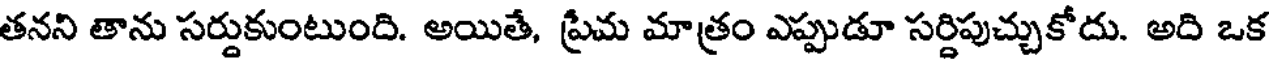
తనని తాను సర్దుకుంటుంది. అయితే, ప్రేమ మాత్రం ఎప్పుడూ సర్దిపుచ్చుకోదు. అది ఒక